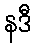
နဒီ